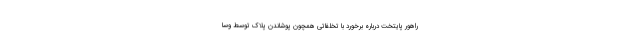
راهور پایتخت درباره برخورد با تخلفاتی همچون پوشاندن پلاک توسط وسا